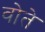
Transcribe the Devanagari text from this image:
वोते